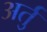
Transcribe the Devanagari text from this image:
अर्तु